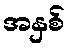
အနှစ်